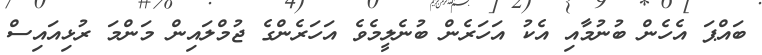
ބައްޕަ އެހެން ބުނުމާއި އެކު އަހަރެން ބުނެލީމެވެ އަހަރެންގެ ޖުމްލައިން މަންމަ ރުޅިއައިސް